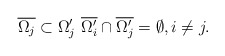
\begin{align*} \overline{\Omega_j} \subset \Omega'_j \, \, \overline{\Omega'_i} \cap \overline{\Omega'_j} = \emptyset, i \ne j.\end{align*}